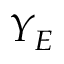
Y _ { E }